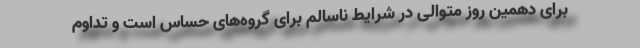
برای دهمین روز متوالی در شرایط ناسالم برای گروه‌های حساس است و تداوم